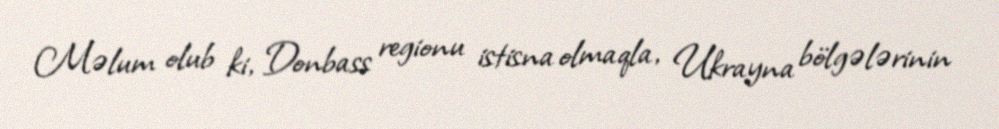
Məlum olub ki, Donbass regionu istisna olmaqla, Ukrayna bölgələrinin